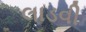
લાડવી